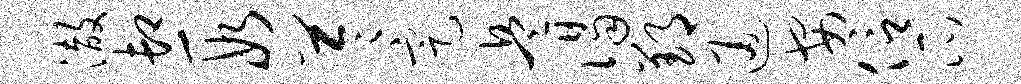
澈卸段苓定兵谒郢通安信瓜